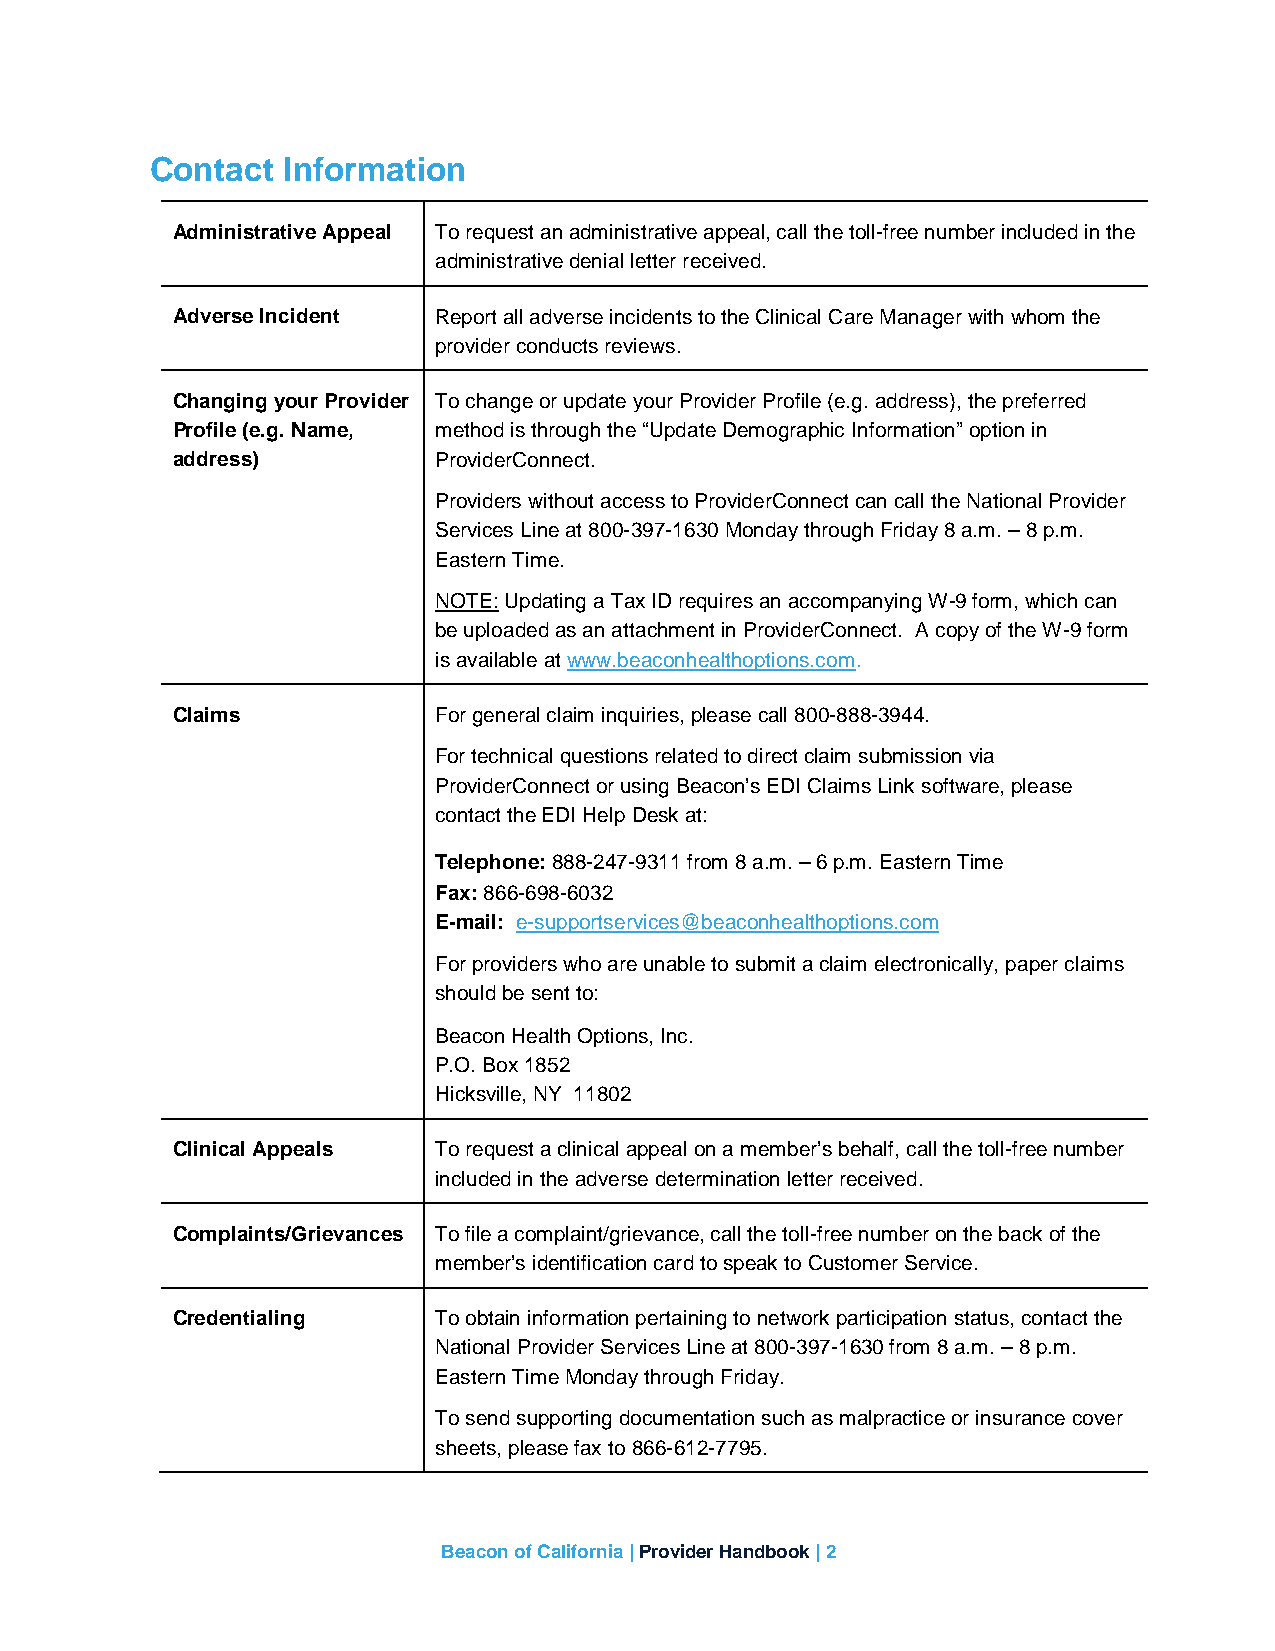
Contact  Information
 Administrative Appeal To request an administrative appeal, call the toll-free number included in the
 administrative denial letter received.
 Adverse Incident  Report all adverse incidents to the Clinical Care Manager with whom the
 provider conducts reviews.
 Changing your Provider To change or update your Provider Profile (e.g. address), the preferred
 Profile (e.g. Name, method is through the “Update Demographic Information” option in
 address)          ProviderConnect.
 Providers without access to ProviderConnect can call the National Provider
 Services Line at 800-397-1630 Monday through Friday 8 a.m. – 8 p.m.
 Eastern Time.
 NOTE: Updating a Tax ID requires an accompanying W-9 form, which can
 be uploaded as an attachment in ProviderConnect. A copy of the W-9 form
 is available at www.beaconhealthoptions.com.
 Claims            For general claim inquiries, please call 800-888-3944.
 For technical questions related to direct claim submission via
 ProviderConnect or using Beacon’s EDI Claims Link software, please
 contact the EDI Help Desk at:
 Telephone: 888-247-9311 from 8 a.m. – 6 p.m. Eastern Time
 Fax: 866-698-6032
 E-mail: e-supportservices@beaconhealthoptions.com
 For providers who are unable to submit a claim electronically, paper claims
 should be sent to:
 Beacon Health Options, Inc.
 P.O. Box 1852
 Hicksville, NY 11802
 Clinical Appeals  To request a clinical appeal on a member’s behalf, call the toll-free number
 included in the adverse determination letter received.
 Complaints/Grievances To file a complaint/grievance, call the toll-free number on the back of the
 member’s identification card to speak to Customer Service.
 Credentialing     To obtain information pertaining to network participation status, contact the
 National Provider Services Line at 800-397-1630 from 8 a.m. – 8 p.m.
 Eastern Time Monday through Friday.
 To send supporting documentation such as malpractice or insurance cover
 sheets, please fax to 866-612-7795.
 Beacon of California | Provider Handbook | 2